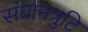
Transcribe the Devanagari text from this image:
संघानत्रुटि